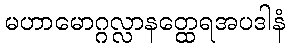
မဟာမောဂ္ဂလ္လာနတ္ထေရအပဒါနံ